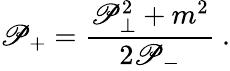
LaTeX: \mathscr{P}_{+}=\frac{{\mathscr{P}_{\perp}^{2}+m^{2}}}{{2\mathscr{P}_{-}}}\ .